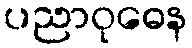
ပညာဝုဓေန